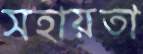
সহায়তা